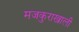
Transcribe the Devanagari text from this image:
मजकुराखाली